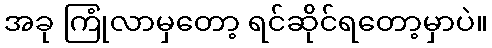
အခု ကြုံလာမှတော့ ရင်ဆိုင်ရတော့မှာပဲ။